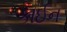
કાઈન